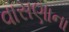
વાસણાના